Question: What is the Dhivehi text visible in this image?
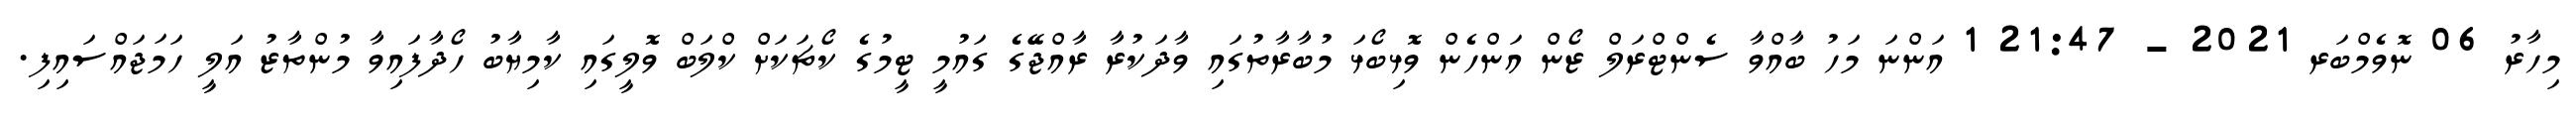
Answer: މިހާރު 06 ނޮވެމްބަރ 2021 - 21:47 1 އަންނަ މަހު ބާއްވާ ސެންޓްރަލް ޒޯން އަންހެން ވޮޅިބޯޅަ މުބާރާތުގައި ވާދަކުރާ ރާއްޖޭގެ ގައުމީ ޓީމުގެ ކޯޗަކަށް ކްލަބް ވޮލީގައި ކާމިޔާބު ހޯދާފައިވާ މުންތާޒު އަލީ ހަމަޖައްސައިފި.